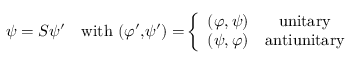
\psi = S \psi ^ { \prime \quad } \mathrm { w i t h ~ ( } \varphi ^ { \prime } \mathrm { , } \psi ^ { \prime } \mathrm { ) = } \left\{ \begin{array} { c c } { { ( \varphi , \psi ) } } & { { \mathrm { u n i t a r y } } } \\ { { ( \psi , \varphi ) } } & { { \mathrm { a n t i u n i t a r y } } } \end{array} \right.